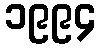
၁၉၉၄